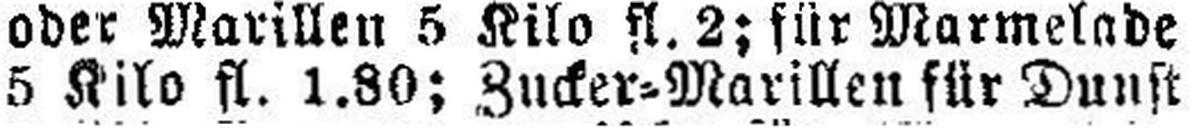
5 Kilo fl. 1.80; Zucker=Marillen für Dunst